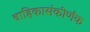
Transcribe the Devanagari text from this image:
वाहिकासंकीर्णक